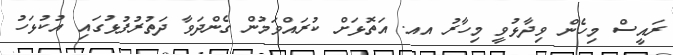
ރައީސް މިހެން ވިދާޅުވީ މިހާރު އއ. އަތޮޅަށް ކުރައްވަމުން ގެންދަވާ ދަތުރުފުޅުގައި އުކުޅަހު